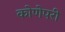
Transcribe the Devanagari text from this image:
कोणेपरी